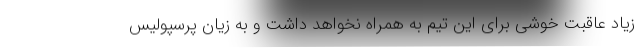
زیاد عاقبت خوشی برای این تیم به همراه نخواهد داشت و به زیان پرسپولیس